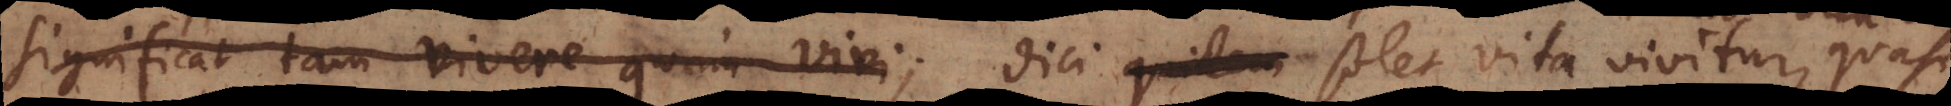
significat tam vivere quam vivi; dici solet vita vivitur, quasi